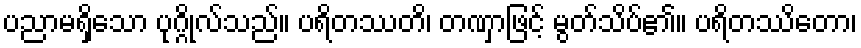
ပညာမရှိသော ပုဂ္ဂိုလ်သည်။ ပရိတဿတိ၊ တဏှာဖြင့် မွတ်သိပ်၏။ ပရိတဿိတော၊